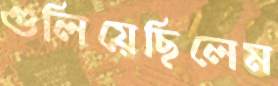
গুলিয়েছিলেম